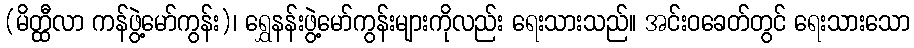
(မိတ္ထီလာ ကန်ဖွဲ့မော်ကွန်း)၊ ရွှေနန်းဖွဲ့မော်ကွန်းများကိုလည်း ရေးသားသည်။ အင်းဝခေတ်တွင် ရေးသားသော